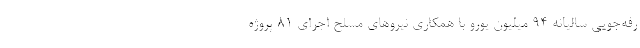
رفه‌جويي ساليانه 94 ميليون يورو با همكاري نيروهاي مسلح اجرای 81 پروژه